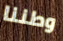
وطننا